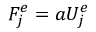
F _ { j } ^ { e } = a U _ { j } ^ { e }